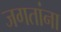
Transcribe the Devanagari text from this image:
जगतांना